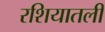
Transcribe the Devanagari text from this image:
रशियातली